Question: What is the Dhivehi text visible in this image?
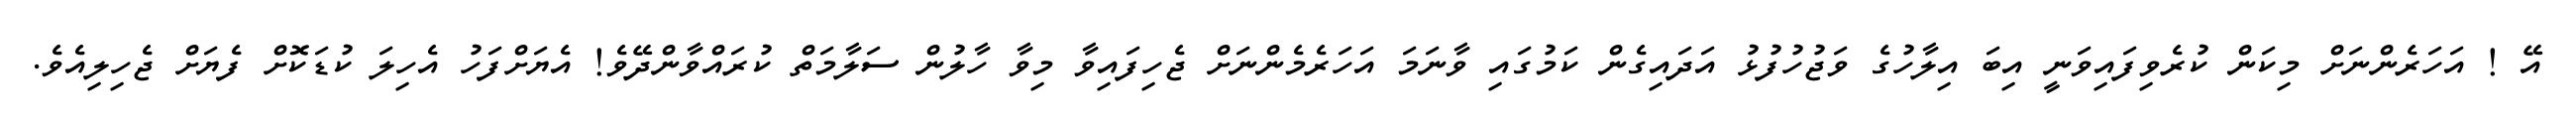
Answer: އޭ ! އަހަރެންނަށް މިކަން ކުރެވިފައިވަނީ އިބަ އިލާހުގެ ވަޖުހުފުޅު އަދައިގެން ކަމުގައި ވާނަމަ އަހަރެމެންނަށް ޖެހިފައިވާ މިވާ ހާލުން ސަލާމަތް ކުރައްވާންދޭވެ! އެޔަށްފަހު އެހިލަ ކުޑަކޮށް ފެޔަށް ޖެހިލިއެވެ.